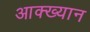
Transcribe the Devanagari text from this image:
आक्ख्यान